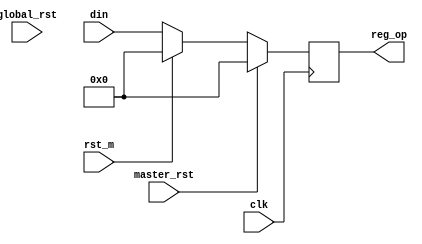
`timescale 1ns / 1ps
//////////////////////////////////////////////////////////////////////////////////
// Company: 
// Engineer: 
// 
// Design Name: 
// Module Name: max_reg
// Project Name: 
// Target Devices: 
// Tool Versions: 
// Description: 
// 
// Dependencies: 
// 
// Revision:
// Revision 0.01 - File Created
// Additional Comments:
// 
//////////////////////////////////////////////////////////////////////////////////


module max_reg(
    input clk,
    input [31:0] din,
    input rst_m,
    input global_rst,
    input master_rst,
    output reg [31:0] reg_op
    );
    always@(posedge clk) begin
    	if(master_rst)
    		reg_op<=0;
    	else begin
		    	if(rst_m) begin
			    	reg_op <=0;
			    end
			    else begin
			    	reg_op<=din;
				end
		end
	end
endmodule